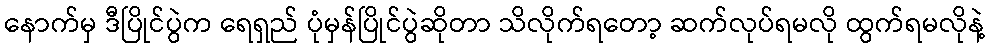
နောက်မှ ဒီပြိုင်ပွဲက ရေရှည် ပုံမှန်ပြိုင်ပွဲဆိုတာ သိလိုက်ရတော့ ဆက်လုပ်ရမလို ထွက်ရမလိုနဲ့